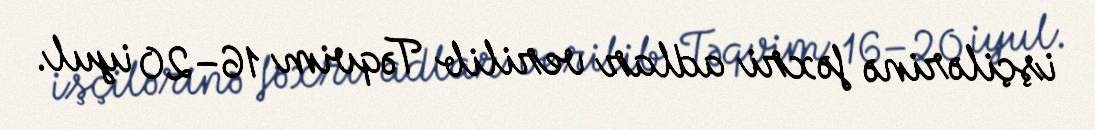
işçilərinə fəxri adlar verilib Təqvim 16–20 iyul.